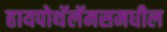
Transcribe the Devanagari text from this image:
हायपोथॅलॅमसमधील